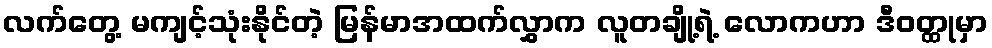
လက်တွေ့ မကျင့်သုံးနိုင်တဲ့ မြန်မာအထက်လွှာက လူတချို့ရဲ့ လောကဟာ ဒီဝတ္ထုမှာ